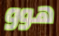
هوو